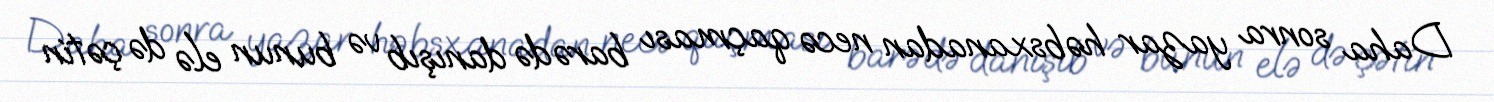
Daha sonra yazar həbsxanadan necə qaçması barədə danışıb və bunun elə də çətin